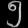
Digit: ၅